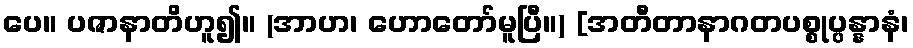
ပေ။ ပဇာနာတိဟူ၍။ (အာဟ၊ ဟောတော်မူပြီ။) [အတီတာနာဂတပစ္စုပ္ပန္နာနံ၊